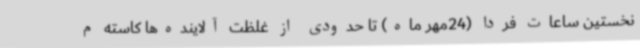
نخستین ساعات فردا (24مهر ماه) تا حدودی از غلظت آلاینده‌ها کاسته م